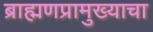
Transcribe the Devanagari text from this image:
ब्राह्मणप्रामुख्याचा